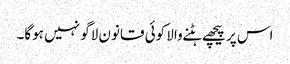
اس پر پیچھے ہٹنے والا کوئی قانون لاگو نہیں ہوگا۔